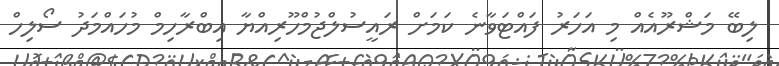
ލިބޭ މަޝްރޫއެއް މި އަހަރު ފައްޓަވާނެ ކަމަށް ރައީސުލްޖުމްހޫރިއްޔާ އިބްރާހިމް މުހައްމަދު ސޯލިހް